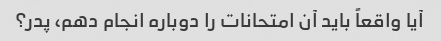
آیا واقعاً باید آن امتحانات را دوباره انجام دهم، پدر؟